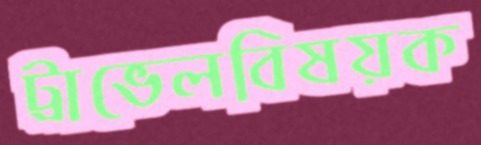
ট্রাভেলবিষয়ক